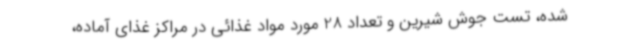
شده، تست جوش شیرین و تعداد 28 مورد مواد غذائی در مراکز غذای آماده،